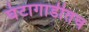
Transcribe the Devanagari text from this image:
घंटागाडीतच